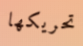
تحريكها